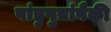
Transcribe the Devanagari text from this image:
पांडुपुत्रांपैकी